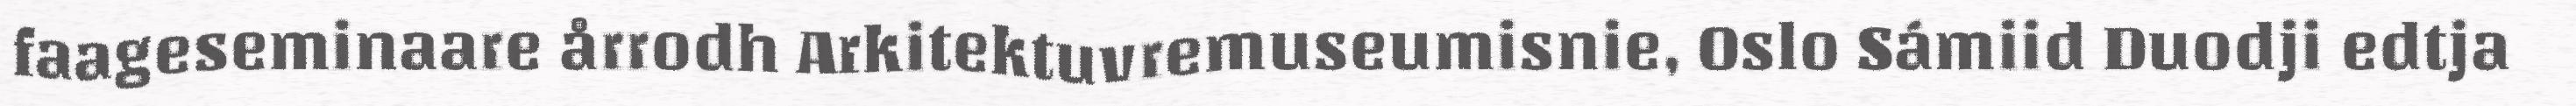
faageseminaare årrodh Arkitektuvremuseumisnie, Oslo Sámiid Duodji edtja